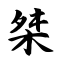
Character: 桀